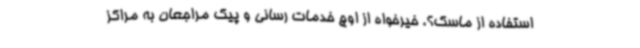
استفاده از ماسک؟. خیرخواه از اوج خدمات رسانی و پیک مراجعان به مراکز